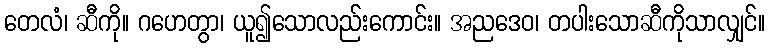
တေလံ၊ ဆီကို။ ဂဟေတွာ၊ ယူ၍သောလည်းကောင်း။ အညဒေဝ၊ တပါးသောဆီကိုသာလျှင်။